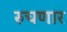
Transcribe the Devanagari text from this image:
रुचणार